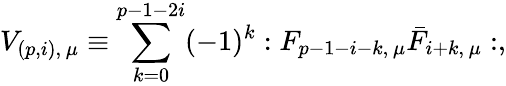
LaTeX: V_{(p,i),\, \mu}\equiv\sum_{k=0}^{p-1-2i}(-1)^{k}:F_{p-1-i-k,\, \mu}\bar{F}_{{i+k},\, \mu}:,